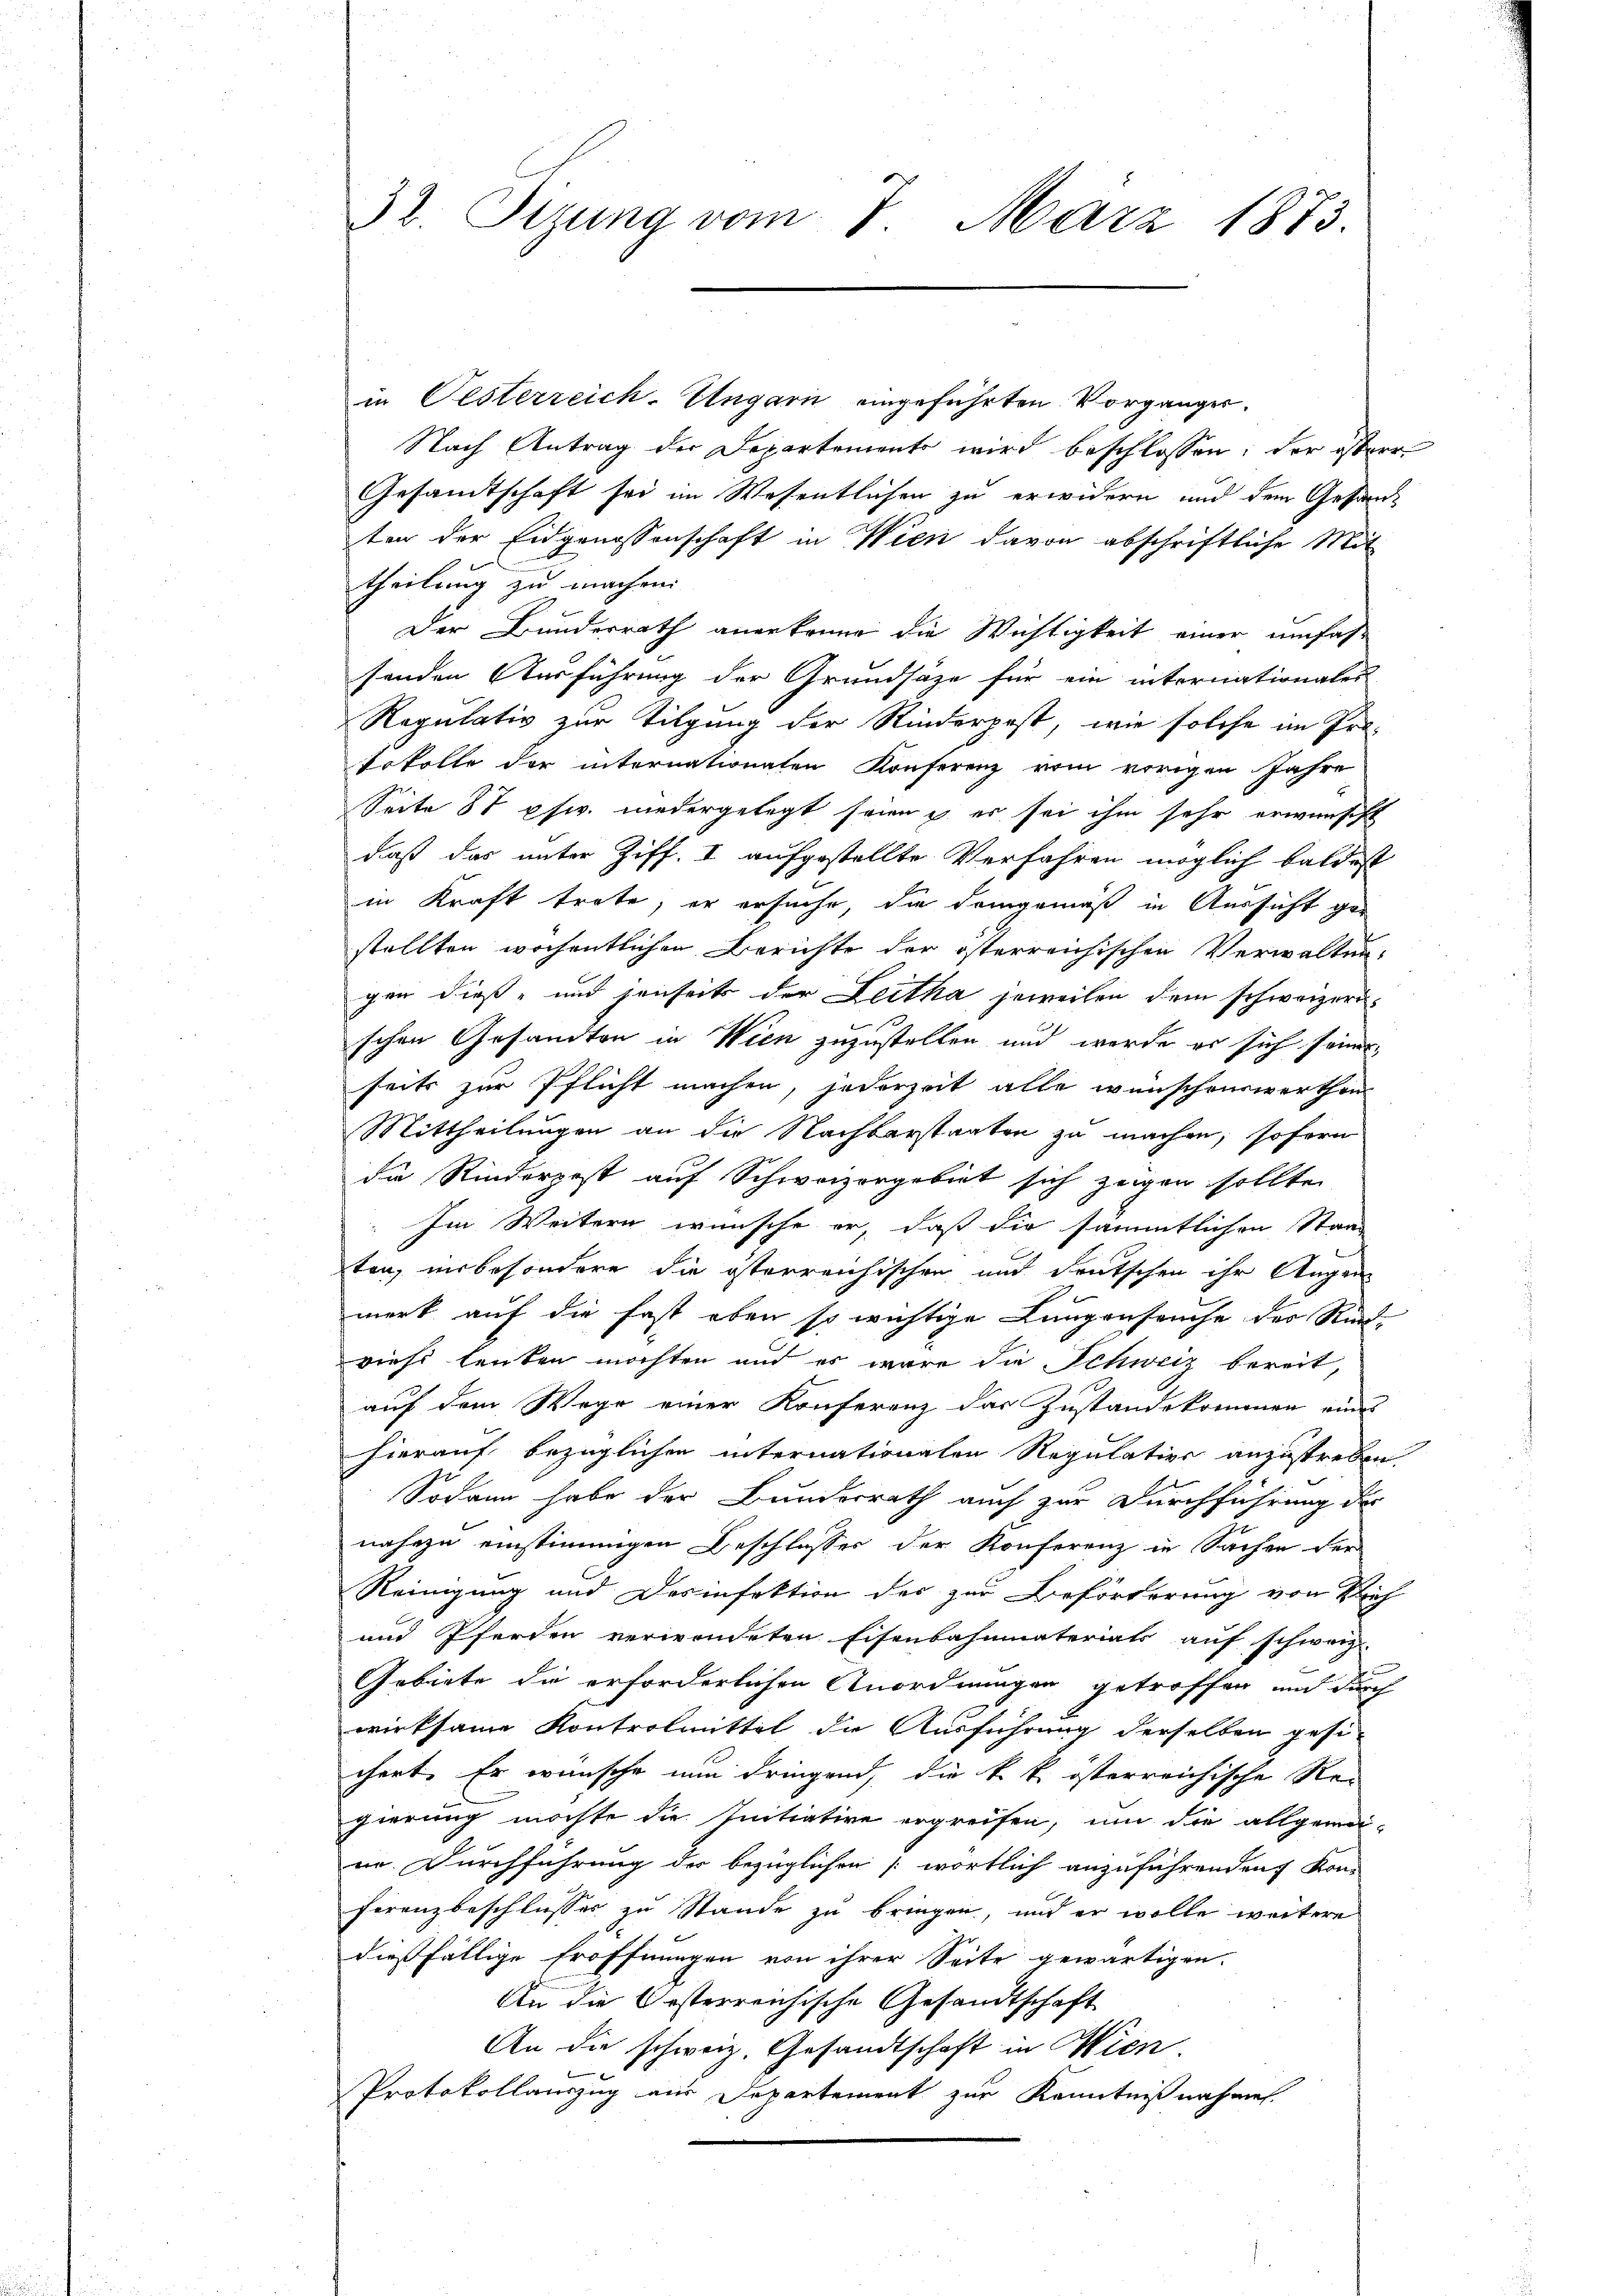
32. Sizung vom 7. März 1873.

in Oesterreich-Ungarn eingeführten Vorgänger.
Nach Antrag der Departemente wird beschlossen; der österr
Gesamtschaft sei im Wesentlichen zu erwidern und dem Gesandten der Eidgenossenschaft in Wien davon abschriftliche Mit
theilung zu machen.
Der Bundesrath anerkenne die Wichtigkeit einer umfahr
senden Ausführung der Grundsäze für ein internationales
Regulativ zur Tilgung der Rinderpost, wie solche im Pro-
tokolle der internationaten Konferenz vom vorigen Jahre
Seite 87 pfw. niedergelegt seien u. es sei ihm sehr erwünscht
daß das unter Ziff. I aufgestellte Verfahren möglich baldest
in Kraft trete, er ersuche, die demgemäß in Aussicht gestellten wöchentlichen Berichte der österreichischen Verwalten
gen dieß- und jenseits der Leitha jeweilen dem schweizern
schen Gesandten in Wien zuzustellen und werde er sich seiner,
seits zur Pflicht machen, jederzeit alle wünschenswerthen
Mittheilungen an die Nachbarstaaten zu machen, sofern
die Rinderpost auf Schweizergebiet sich zeigen sollte.
Im Weitern wünsche er, daß die sämmtlichen Staat
e
ten, insbesondere die österreichischen und deutschen ihr Augen
merk auf die fast eben so wichtige Lungenseuche des Rind-
viehe leuten möchten und es wäre die Schweiz bereit,
auf dem Wege einer Konferenz das Zustandekommen eines
hierauf bezüglichen internationalen Regulation anzustreben
Sodann habe der Bunderrath auch zur Durchführung der
nahezu einstimmigen Beschlusses der Konferenz in Sachen der
Reinigung und Desinfektion des zur Beförderung von Reich
und Pferden verwendeten Eisenbahnmateriats auf schweiz.
Gebiete die erforderlichen Anordnungen getroffen und durch
wirksame Kontrolmittel die Ausführung derselben gesichert. Er wünsche nun dringend, die k. k. österreichische Re-
gierung möchte die Initiative ergreifen, um die allgemei-
nr. Durchführung der bezüglichen [wörtlich anzuführenden Kon-
ferenzbeschlusses zu Stande zu bringen, und er wolle weitere
dießfällige Eröffnungen von ihrer Seite gewärtigen.
An die Oesterreichische Gesandtschaft
An die schweiz. Gesandtschaft in Wien.
Protokollauszug aus Departement zur Kenntnißnahmen.